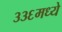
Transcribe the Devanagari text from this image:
३३६मध्ये